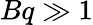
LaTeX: Bq\gg 1